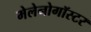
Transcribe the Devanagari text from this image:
मेलेनोगॉस्टर